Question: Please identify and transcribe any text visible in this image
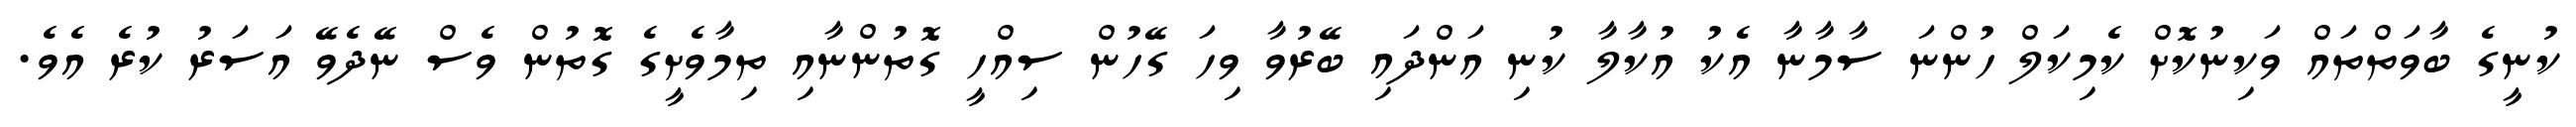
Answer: ކުނީގެ ބާވަތްތައް ވަކިނުކޮށް ކެމިކަލް ހުންނަ ސާމާނާ އެކު އުކާލާ ކުނި އަންދައި ބޭރުވާ ވިހަ ގޭހުން ސިއްހީ ގޮތުންނާއި ތިމާވެށީގެ ގޮތުން ވެސް ނޭދެވޭ އަސަރު ކުރެ އެވެ.